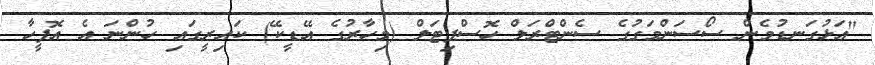
"އަޅުގަނޑުމެން ސޯސަންމަގުގެ ސެންޓްރަލް ހޮސްޕިޓަލް (މިހާރުގެ އޭޑީކޭ) ކައިރީގައި ހުންނަ އެ އޮފީހާ